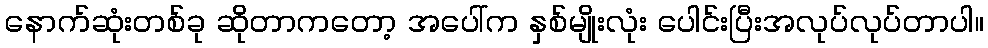
နောက်ဆုံးတစ်ခု ဆိုတာကတော့ အပေါ်က နှစ်မျိုးလုံး ပေါင်းပြီးအလုပ်လုပ်တာပါ။